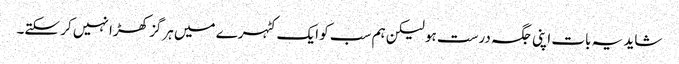
شاید یہ بات اپنی جگہ درست ہو لیکن ہم سب کو ایک کٹہرے میں ہرگز کھڑا نہیں کر سکتے۔